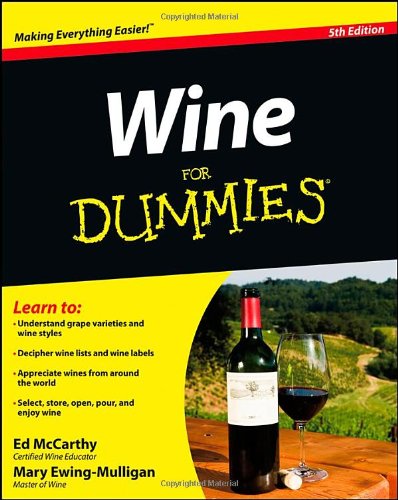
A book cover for Wine For Dummies; Ed McCarthy; Cookbooks, Food & Wine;